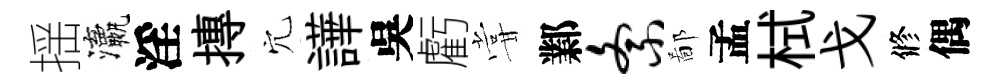
揺瀛淫摶穴譁吳虧甞鄴紊鄙孟栻戈修偶